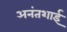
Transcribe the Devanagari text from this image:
अनंतशाई